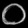
Digit: ၀